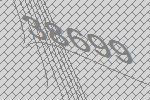
38699